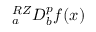
{ } _ { a } ^ { R Z } D _ { b } ^ { p } f ( x )